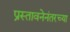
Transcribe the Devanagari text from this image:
प्रस्तावनेनंतरच्या